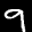
Label: 9